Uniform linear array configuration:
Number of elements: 24
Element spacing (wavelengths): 0.25
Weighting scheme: cosine
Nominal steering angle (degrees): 45
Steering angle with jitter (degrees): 43.149
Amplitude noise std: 0.05
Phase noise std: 0.05

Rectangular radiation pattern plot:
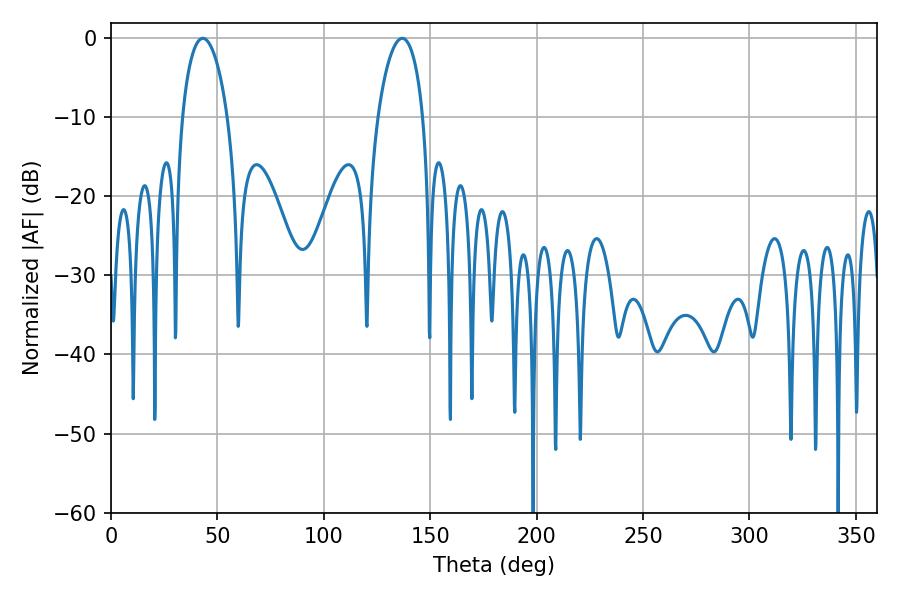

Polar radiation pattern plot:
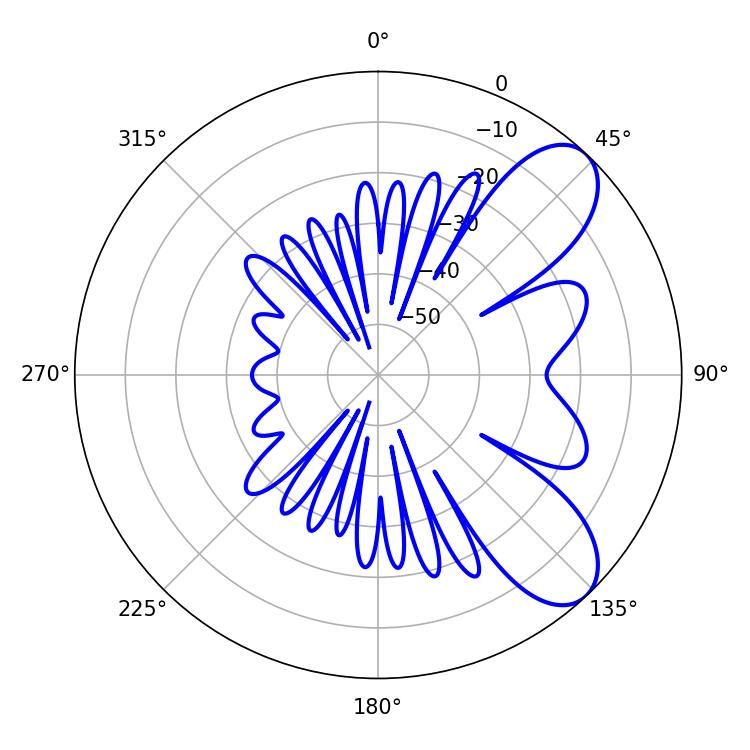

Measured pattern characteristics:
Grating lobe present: FALSE
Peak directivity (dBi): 8.008
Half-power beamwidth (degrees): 12.06
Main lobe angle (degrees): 43.2